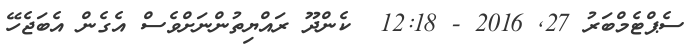
ސެޕްޓެމްބަރު 27